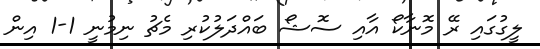
ލީގުގައި ރޭ މޮނާކޯ އާއި ސޮޝޯ ބައްދަލުކުރި މެޗު ނިމުނީ 1-1 އިން